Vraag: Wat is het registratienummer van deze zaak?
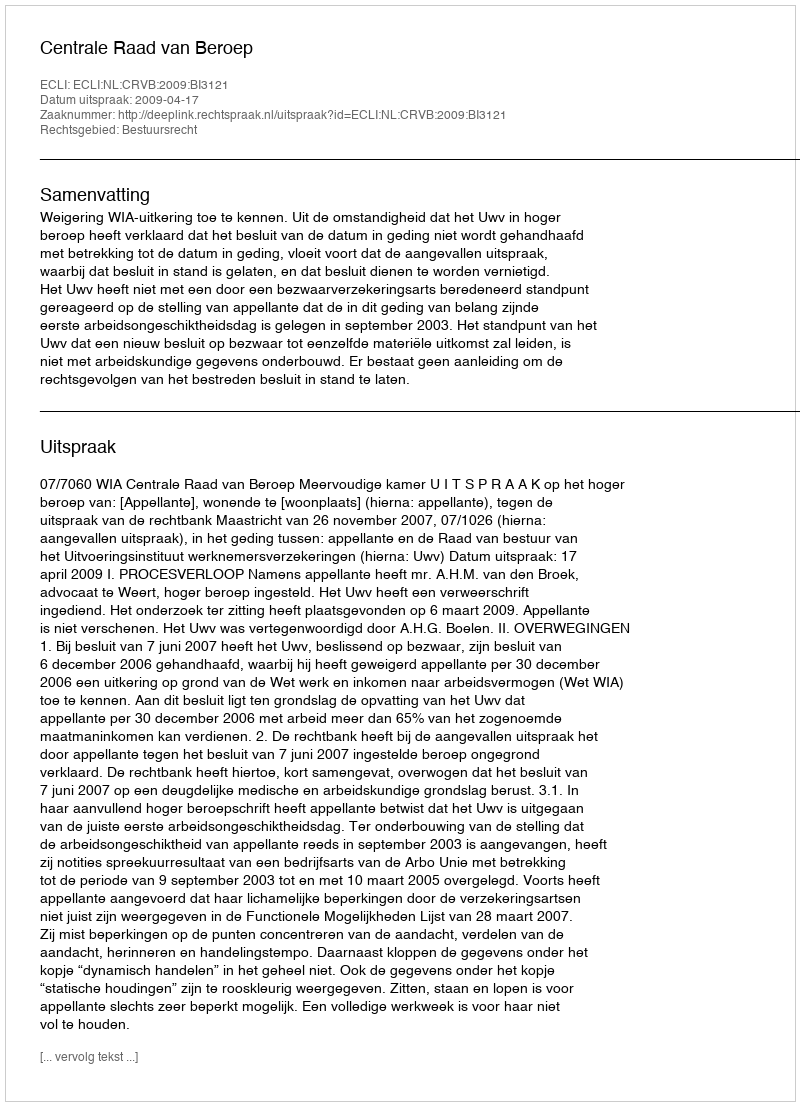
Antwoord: http://deeplink.rechtspraak.nl/uitspraak?id=ECLI:NL:CRVB:2009:BI3121